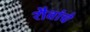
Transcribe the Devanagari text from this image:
शैवांचे